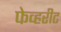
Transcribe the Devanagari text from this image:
फेव्हरीट